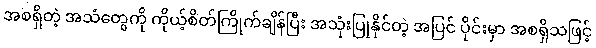
အစရှိတဲ့ အသံတွေကို ကိုယ့်စိတ်ကြိုက်ချိန်ပြီး အသုံးပြုနိုင်တဲ့ အပြင် ပိုင်းမှာ အစရှိသဖြင့်